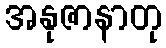
အနုဇာနာတု